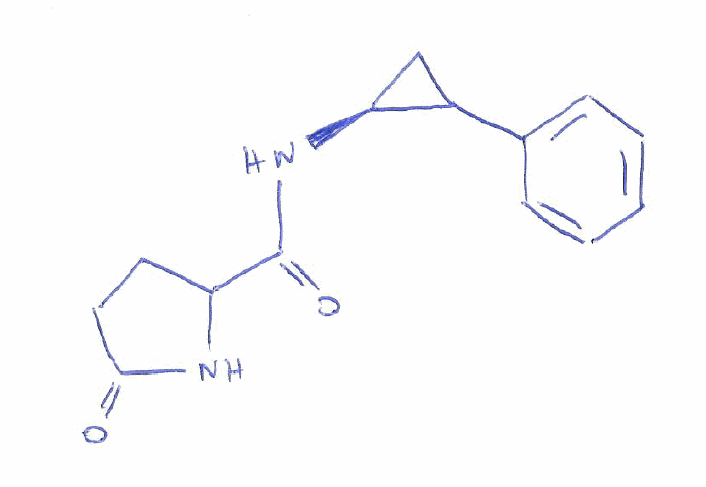
Simplified molecular-input line-entry system (SMILES) notation of the given molecule:
C1CC(=O)NC1C(=O)N[C@H]2CC2C3=CC=CC=C3